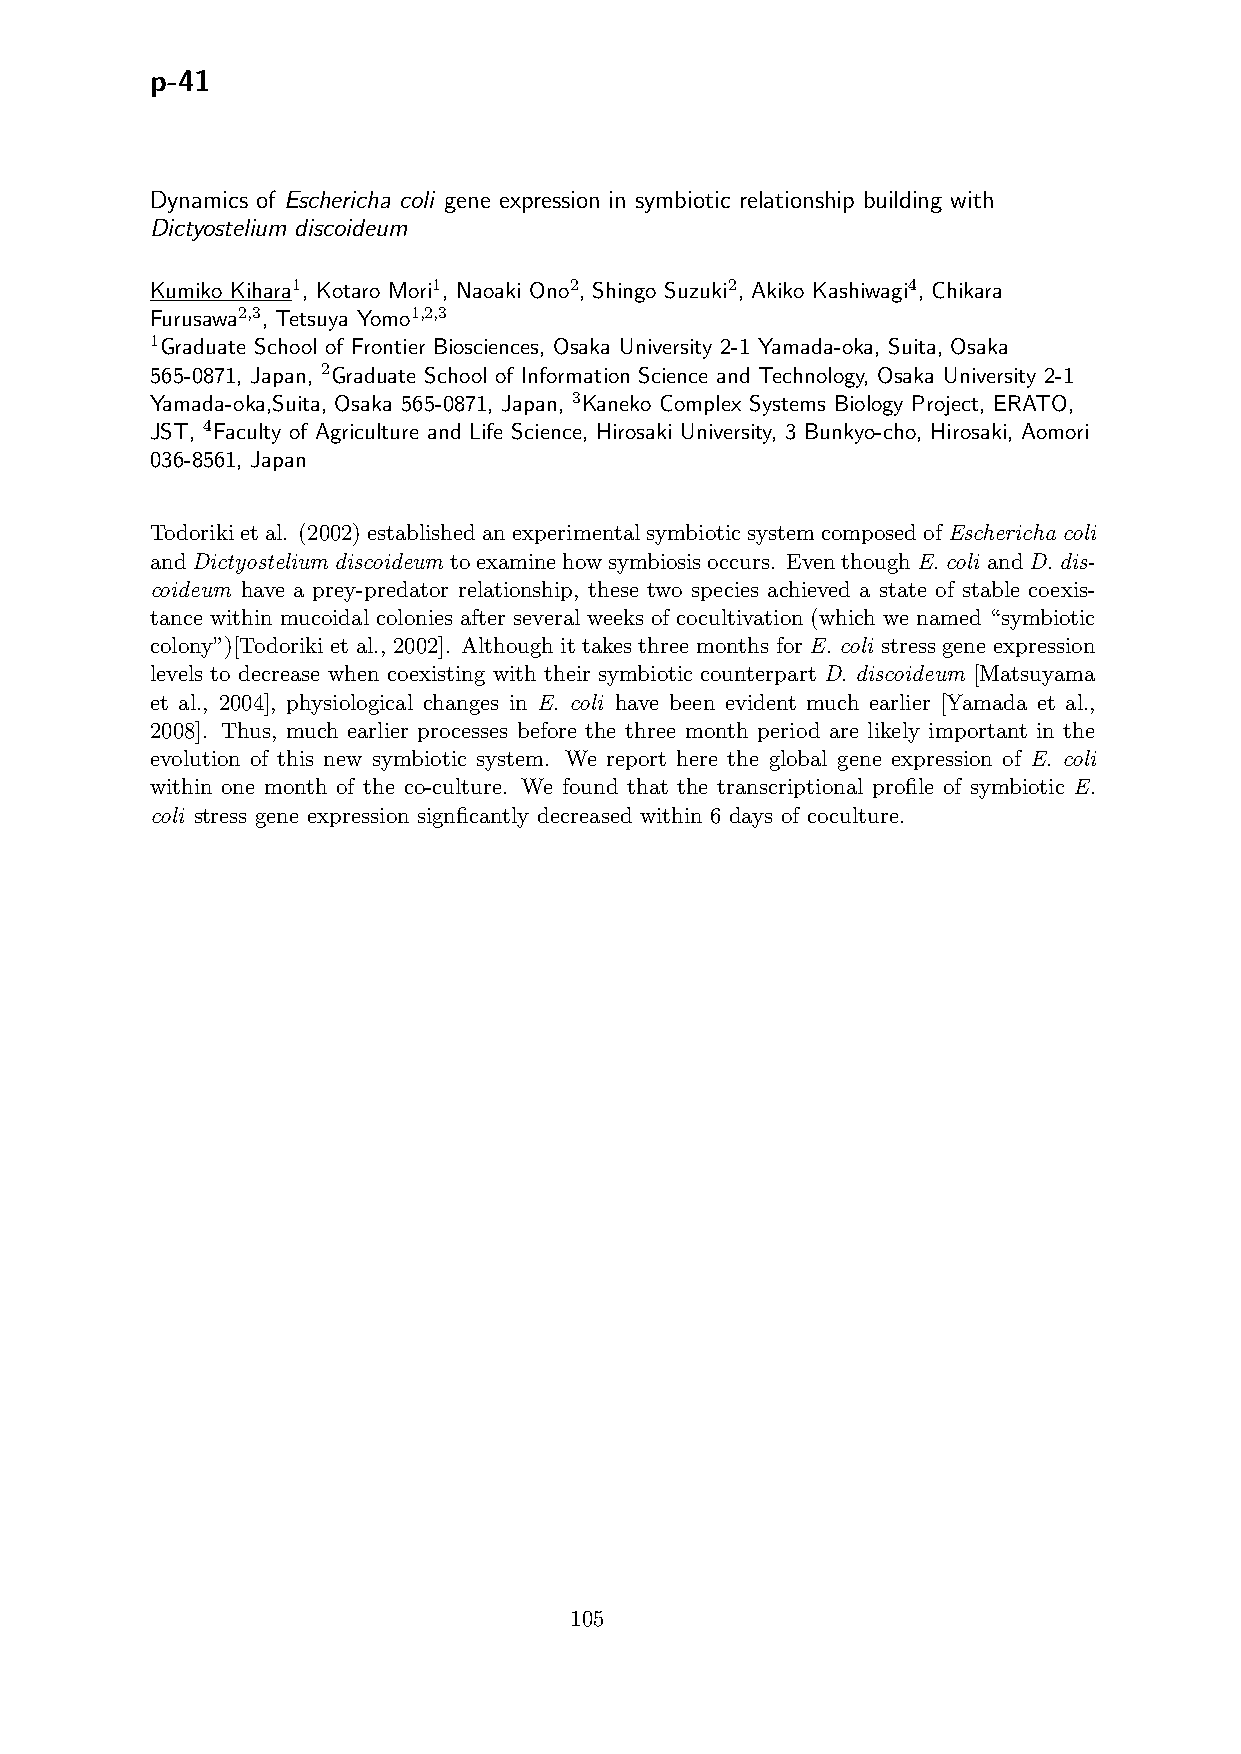
p-41
 Dynamics of Eschericha coli gene expression in symbiotic relationship building with
 Dictyostelium discoideum
 Kumiko Kihara1, Kotaro Mori1, Naoaki Ono2, Shingo Suzuki2, Akiko Kashiwagi4, Chikara
 Furusawa2,3, Tetsuya Yomo1,2,3
 1Graduate School of Frontier Biosciences, Osaka University 2-1 Yamada-oka, Suita, Osaka
 565-0871, Japan, 2Graduate School of Information Science and Technology, Osaka University 2-1
 Yamada-oka,Suita, Osaka 565-0871, Japan, 3Kaneko Complex Systems Biology Project, ERATO,
 JST, 4Faculty of Agriculture and Life Science, Hirosaki University, 3 Bunkyo-cho, Hirosaki, Aomori
 036-8561, Japan
 Todorikietal. (2002)establishedanexperimentalsymbioticsystemcomposedofEschericha coli
 andDictyostelium discoideum toexaminehowsymbiosisoccurs. EventhoughE. coli andD. dis-
 coideum have a prey-predator relationship, these two species achieved a state of stable coexis-
 tance within mucoidal colonies after several weeks of cocultivation (which we named “symbiotic
 colony”)[Todoriki et al., 2002]. Although it takes three months for E. coli stress gene expression
 levels to decrease when coexisting with their symbiotic counterpart D. discoideum [Matsuyama
 et al., 2004], physiological changes in E. coli have been evident much earlier [Yamada et al.,
 2008]. Thus, much earlier processes before the three month period are likely important in the
 evolution of this new symbiotic system. We report here the global gene expression of E. coli
 within one month of the co-culture. We found that the transcriptional profile of symbiotic E.
 coli stress gene expression signficantly decreased within 6 days of coculture.
 105